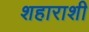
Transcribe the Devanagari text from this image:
शहाराशी